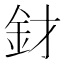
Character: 釮